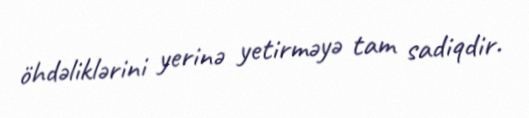
öhdəliklərini yerinə yetirməyə tam sadiqdir.